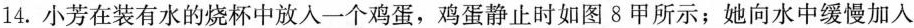
14.小芳在装有水的烧杯中放入一个鸡蛋，鸡蛋静止时如图8甲所示；她向水中缓慢加入